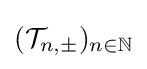
({\mathcal {T}}_{n,\pm })_{n\in \mathbb {N} }